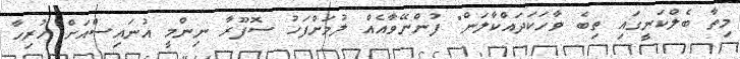
މިތާ ބެލްކަނީގައި ތިބެ ވާހަކަދައްކާލަން" ފުންނޭވާއެއް ލުމަށްފަހު ސޮފޫރާ ނިންމީ އުނައިސްއަށް ހުރިހާ